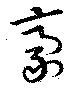
豪